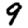
Digit: 9